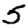
Digit: 5